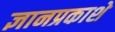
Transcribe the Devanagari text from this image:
ज्ञानप्रकाशे